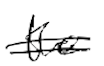
Text: the
Cross-out: double-line
Writing tool: digital_black